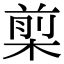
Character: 㮍